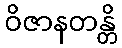
ဝိဇာနတန္တိ